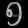
Digit: ၅